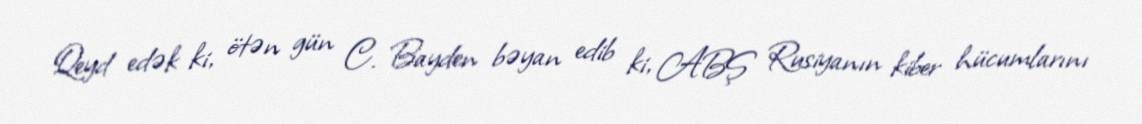
Qeyd edək ki, ötən gün C. Bayden bəyan edib ki, ABŞ Rusiyanın kiber hücumlarını